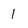
Character: 1